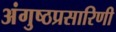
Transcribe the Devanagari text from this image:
अंगुष्ठप्रसारिणी